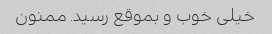
خیلی خوب و بموقع رسید. ممنون